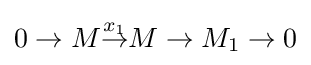
0\to M{\overset {x_{1}}{\to }}M\to M_{1}\to 0